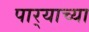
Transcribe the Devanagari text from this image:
पार्‍याच्या